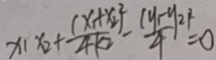
x _ { 1 } x _ { 2 } + \frac { ( x _ { 1 } + x _ { 2 } ) ^ { 2 } } { 4 k ^ { 2 } } - \frac { ( y _ { 1 } - y _ { 2 } ) ^ { 2 } } { 4 } = 0